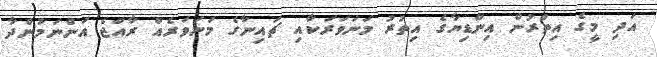
އަދި މީގެ އިތުރުން އިންޑިޔާގެ އިތުރު މަނަވަރަކާއި ޗައިނާގެ މަނަވަރެއް ރާއްޖެ އަންނަމުންދާ